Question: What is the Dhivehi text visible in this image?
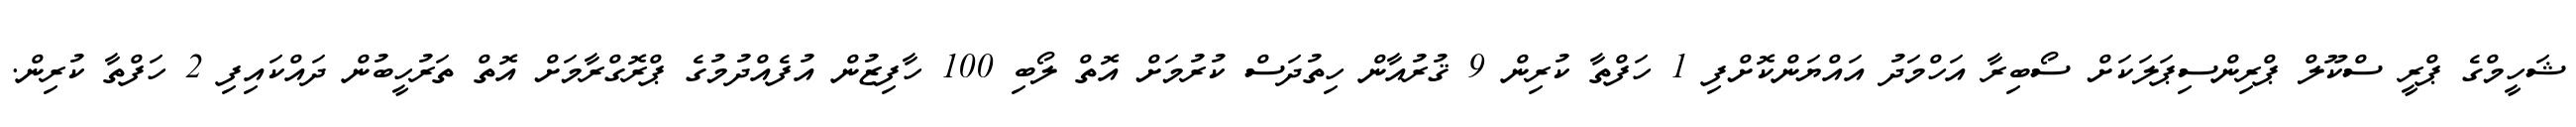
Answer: ޝަހީމްގެ ޕްރީ ސްކޫލް ޕްރިންސިޕަލަކަށް ސޯބިރާ އަހްމަދު އައްޔަންކޮށްފި 1 ހަފްތާ ކުރިން 9 ޤުރުއާން ހިތުދަސް ކުރުމަށް އޮތް ލޯބި 100 ހާފިޒުން އުފެއްދުމުގެ ޕްރޮގްރާމަށް އޮތް ތަރުހީބުން ދައްކައިފި 2 ހަފްތާ ކުރިން.